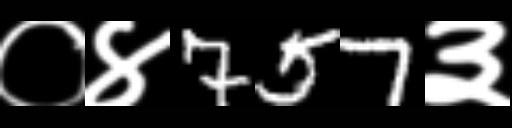
Text: ०४757३